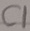
Text: C1